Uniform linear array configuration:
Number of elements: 64
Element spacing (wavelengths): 0.5
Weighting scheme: hamming
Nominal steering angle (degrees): -45
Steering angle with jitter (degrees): -43.528
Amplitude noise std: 0.05
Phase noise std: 0.05

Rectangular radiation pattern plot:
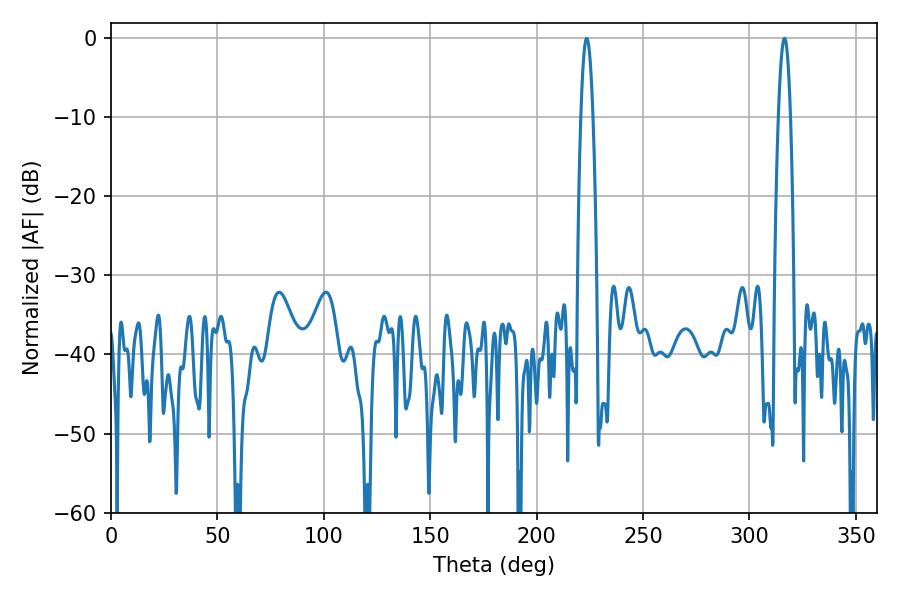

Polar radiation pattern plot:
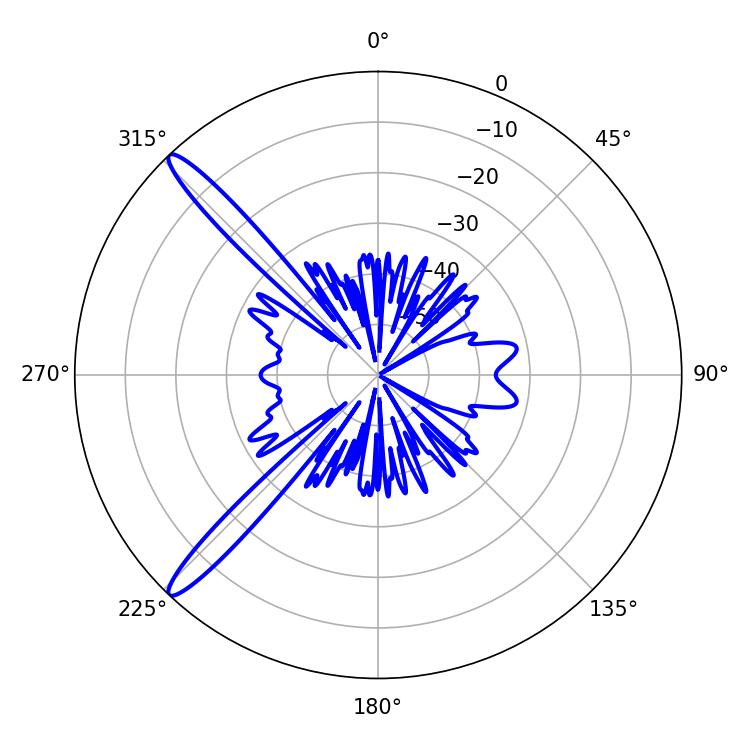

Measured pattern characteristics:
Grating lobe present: FALSE
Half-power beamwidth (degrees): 3.06
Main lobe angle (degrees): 223.56